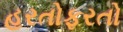
હરતોફરતો